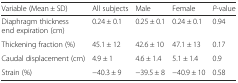
<table><thead><tr><td><b>Variable (Mean ± SD)</b></td><td><b>All subjects</b></td><td><b>Male</b></td><td><b>Female</b></td><td><b><i>P</i>-value</b></td></tr></thead><tbody><tr><td>Diaphragm thickness end expiration (cm)</td><td>0.24 ± 0.1</td><td>0.25 ± 0.1</td><td>0.24 ± 0.1</td><td>0.94</td></tr><tr><td>Thickening fraction (%)</td><td>45.1 ± 12</td><td>42.6 ± 10</td><td>47.1 ± 13</td><td>0.17</td></tr><tr><td>Caudal displacement (cm)</td><td>4.9 ± 1</td><td>4.6 ± 1.4</td><td>5.1 ± 1.4</td><td>0.9</td></tr><tr><td>Strain (%)</td><td>−40.3 ± 9</td><td>−39.5 ± 8</td><td>−40.9 ± 10</td><td>0.58</td></tr></tbody></table>